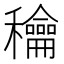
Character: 𥤉